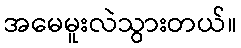
အမေမူးလဲသွားတယ်။